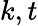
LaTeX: k,t